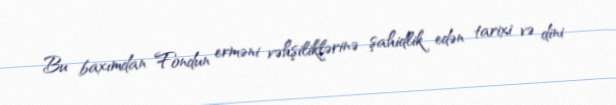
Bu baxımdan Fondun erməni vəhşiliklərinə şahidlik edən tarixi və dini